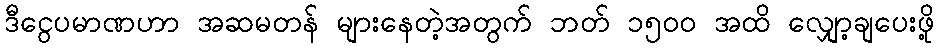
ဒီငွေပမာဏဟာ အဆမတန် များနေတဲ့အတွက် ဘတ် ၁၅၀၀ အထိ လျှော့ချပေးဖို့